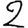
Digit: 2